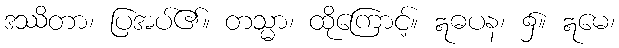
ဒဿိတာ၊ ပြအပ်၏။ တသ္မာ၊ ထိုကြောင့်။ ဣဓပန၊ ၌။ ဣမေ၊